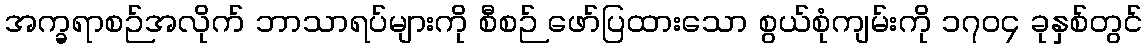
အက္ခရာစဉ်အလိုက် ဘာသာရပ်များကို စီစဉ် ဖော်ပြထားသော စွယ်စုံကျမ်းကို ၁၇၀၄ ခုနှစ်တွင်